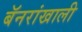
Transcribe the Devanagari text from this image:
बॅनरांखाली